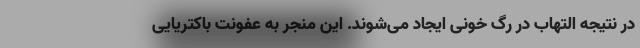
در نتیجه التهاب در رگ خونی ایجاد می‌شوند. این منجر به عفونت باکتریایی